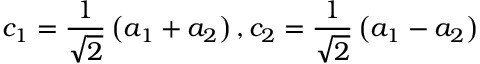
\displaystyle { c _ { 1 } = \frac { 1 } { \sqrt 2 } \left( a _ { 1 } + a _ { 2 } \right) , c _ { 2 } = \frac { 1 } { \sqrt 2 } \left( a _ { 1 } - a _ { 2 } \right) }